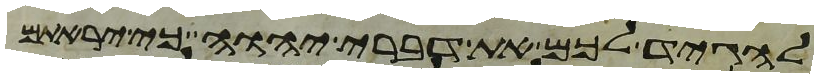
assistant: להגיד לכם את דברי יהוה כי יראתם